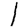
Digit: 1